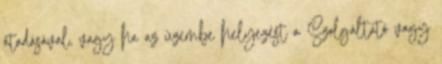
átadásával, vagy ha az üzembe helyezést a Szolgáltató vagy